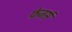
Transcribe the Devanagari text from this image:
फेजर्स